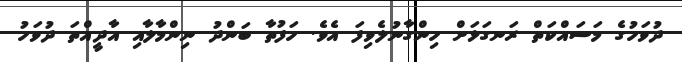
ދުވަހުގެ މަސައްކަތް ރަނގަޅަށް ހިންގާނުލެވިފަ އެވެ. ހަފުތާ ބަންދު ނިންމާލާއި އާދީއްތަ ދުވަހު